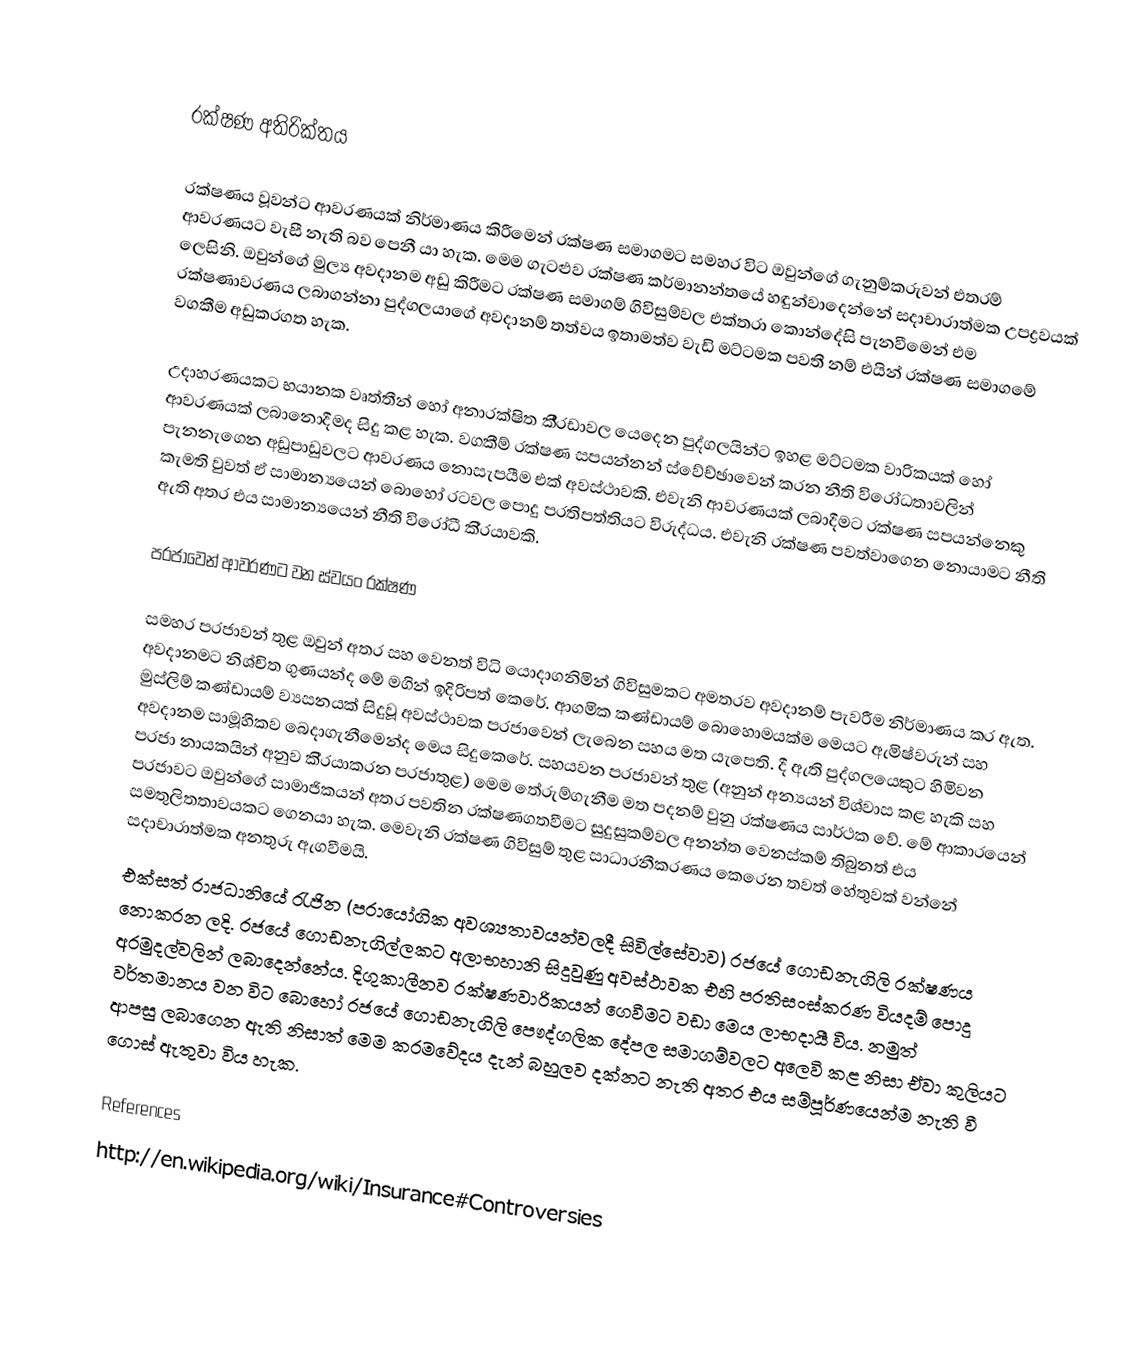

රක්ෂණ අතිරික්තය

රක්ෂණය වූවන්ට ආවරණයක් නිර්මාණය කිරීමෙන් රක්ෂණ සමාගමට සමහර විට ඔවුන්ගේ ගැනුම්කරුවන් එතරම් ආවරණයට වැසී නැති බව පෙනී යා හැක. මෙම ගැටළුව රක්ෂණ කර්මානන්තයේ හඳුන්වාදෙන්නේ සදාචාරාත්මක උපද්‍රවයක් ලෙසිනි. ඔවුන්ගේ මුල්‍ය අවදානම අඩු කිරීමට රක්ෂණ සමාගම් ගිවිසුම්වල එක්තරා කොන්දේසි පැනවීමෙන් එම රක්ෂණාවරණය ලබාගන්නා පුද්ගලයාගේ අවදානම් තත්වය ඉතාමත්ව වැඩි මට්ටමක පවතී නම් එයින් රක්ෂණ සමාගමේ වගකීම අඩුකරගත හැක.

උදාහරණයකට භයානක වෘත්තීන් හෝ අනාරක්ෂිත කී‍්‍රඩාවල යෙදෙන පුද්ගලයින්ට ඉහළ මට්ටමක වාරිකයක් හෝ ආවරණයක් ලබානොදීමද සිදු කළ හැක. වගකීම් රක්ෂණ සපයන්නන් ස්වේච්ඡාවෙන් කරන නීති විරෝධතාවලින් පැනනැගෙන අඩුපාඩුවලට ආවරණය නොසැපයීම එක් අවස්ථාවකි. එවැනි ආවරණයක් ලබාදීමට රක්ෂණ සපයන්නෙකු කැමති වුවත් ඒ සාමාන්‍යයෙන් බොහෝ රටවල පොදු ප‍්‍රතිපත්තියට විරුද්ධය. එවැනි රක්ෂණ පවත්වාගෙන නොයාමට නීති ඇති අතර එය සාමාන්‍යයෙන් නීති විරෝධී කි‍්‍රයාවකි.

ප‍්‍රජාවෙන් ආවරණට වන ස්වයං රක්ෂණ

සමහර ප‍්‍රජාවන් තුළ ඔවුන් අතර සහ වෙනත් විධි යොදාගනිමින් ගිවිසුමකට අමතරව අවදානම් පැවරීම නිර්මාණය කර ඇත. අවදානමට නිශ්චිත ගුණයන්ද මේ මගින් ඉදිරිපත් කෙරේ. ආගමික කණ්ඩායම් බොහොමයක්ම මෙයට ඇමිෂ්වරුන් සහ මුස්ලිම් කණ්ඩායම් ව්‍යසනයක් සිදුවූ අවස්ථාවක ප‍්‍රජාවෙන් ලැබෙන සහය මත යැපෙති. දී ඇති පුද්ගලයෙකුට හිමිවන අවදානම සාමූහිකව බෙදාගැනීමෙන්ද මෙය සිදුකෙරේ. සහයවන ප‍්‍රජාවන් තුළ (අනුන් අන්‍යයන් විශ්වාස කළ හැකි සහ ප‍්‍රජා නායකයින් අනුව කි‍්‍රයාකරන ප‍්‍රජාතුළ) මෙම තේරුම්ගැනීම මත පදනම් වුනු රක්ෂණය සාර්ථක වේ. මේ ආකාරයෙන් ප‍්‍රජාවට ඔවුන්ගේ සාමාජිකයන් අතර පවතින රක්ෂණගතවීමට සුදුසුකම්වල අනන්ත වෙනස්කම් තිබුනත් එය සමතුලිතතාවයකට ගෙනයා හැක. මෙවැනි රක්ෂණ ගිවිසුම් තුළ සාධාරනීකරණය කෙරෙන තවත් හේතුවක් වන්නේ සදාචාරාත්මක අනතුරු ඇගවීමයි.
එක්සත් රාජධානියේ රැජින (ප‍්‍රායෝගික අවශ්‍යතාවයන්වලදී සිවිල්සේවාව) රජයේ ගොඩනැගිලි රක්ෂණය නොකරන ලදි. රජයේ ගොඩනැගිල්ලකට අලාභහානි සිදුවුණු අවස්ථාවක එහි ප‍්‍රතිසංස්කරණ වියදම් පොදු අරමුදල්වලින් ලබාදෙන්නේය. දිගුකාලීනව රක්ෂණවාරිකයන් ගෙවීමට වඩා මෙය ලාභදායී විය. නමුත් වර්තමානය වන විට බොහෝ රජයේ ගොඩනැගිලි පෞද්ගලික දේපල සමාගම්වලට අලෙවි කළ නිසා ඒවා කුලියට ආපසු ලබාගෙන ඇති නිසාත් මෙම ක‍්‍රමවේදය දැන් බහුලව දක්නට නැති අතර එය සම්පූර්ණයෙන්ම නැති වී ගොස් ඇතුවා විය හැක.

References
http://en.wikipedia.org/wiki/Insurance#Controversies